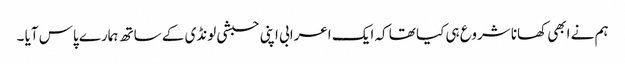
ہم نے ابھی کھانا شروع ہی کیا تھا کہ ایک اعرابی اپنی حبشی لونڈی کے ساتھ ہمارے پاس آیا ۔